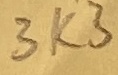
Text: 3K3